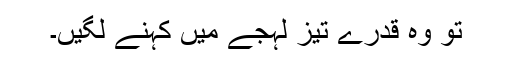
تو وہ قدرے تیز لہجے میں کہنے لگیں۔